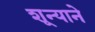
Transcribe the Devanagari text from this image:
शून्याने